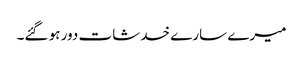
میرے سارے خدشات دور ہو گئے۔